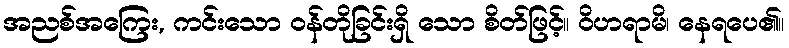
အညစ်အကြေး, ကင်းသော ဝန်တိုခြင်းရှိ သော စိတ်ဖြင့်။ ဝိဟရာမိ၊ နေရပေ၏။